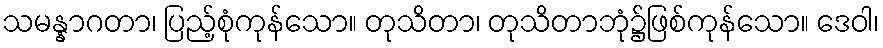
သမန္နာဂတာ၊ ပြည့်စုံကုန်သော။ တုသိတာ၊ တုသိတာဘုံ၌ဖြစ်ကုန်သော။ ဒေဝါ၊